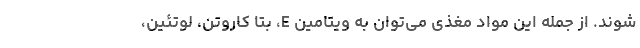
شوند. از جمله این مواد مغذی می‌توان به ویتامین E، بتا کاروتن، لوتئین،